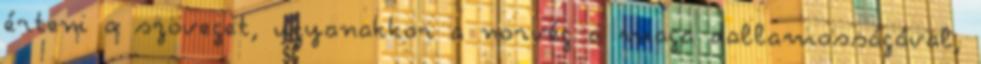
érteni a szöveget, ugyanakkor a norvég a maga dallamosságával,